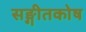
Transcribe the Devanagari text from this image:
सङ्गीतकोष